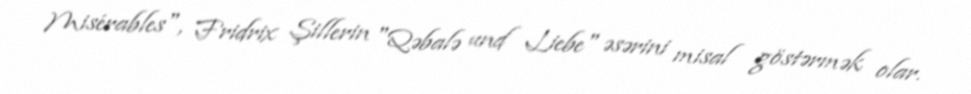
Misérables", Fridrix Şillerin "Qəbalə und Liebe" əsərini misal göstərmək olar.